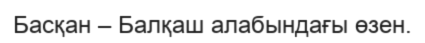
Басқан – Балқаш алабындағы өзен.